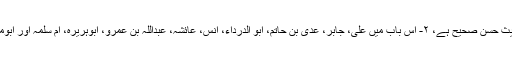
امام ترمذی کہتے ہیں: ۱- عبدالرحمٰن بن سمرہ کی حدیث حسن صحیح ہے، ۲- اس باب میں علی، جابر، عدی بن حاتم، ابو الدرداء، انس، عائشہ، عبداللہ بن عمرو، ابوہریرہ، ام سلمہ اور ابوموسیٰ اشعری رضی الله عنہم سے بھی احادیث آئی ہیں۔